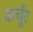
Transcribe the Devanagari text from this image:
कर्चूर